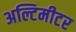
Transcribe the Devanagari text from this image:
अल्टिमीटर